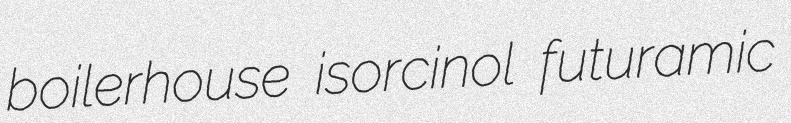
boilerhouse isorcinol futuramic